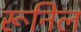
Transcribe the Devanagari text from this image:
रूनिल